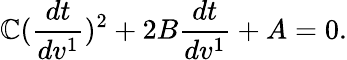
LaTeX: \mathbb{C}(\frac{{dt}}{{dv^{1}}})^{2}+2B\frac{{dt}}{{dv^{1}}}+A=0.